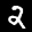
Label: 2